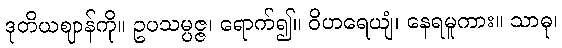
ဒုတိယဈာန်ကို။ ဥပသမ္ပဇ္ဇ၊ ရောက်၍။ ဝိဟရေယျံ၊ နေရမူကား။ သာဓု၊